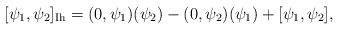
LaTeX: \begin{align*}[\psi_1,\psi_2]_\mathrm{Ih}=(0,\psi_1)(\psi_2)-(0,\psi_2)(\psi_1)+[\psi_1,\psi_2],\end{align*}